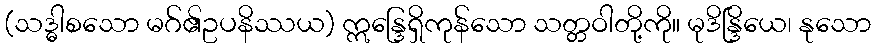
(သဒ္ဓါစသော မဂ်၏ဥပနိဿယ) ဣန္ဒြေရှိကုန်သော သတ္တဝါတို့ကို။ မုဒိန္ဒြိယေ၊ နုသော